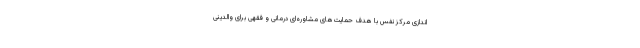
اندازی مرکز نفس با هدف حمایت‌های مشاوره‌ای درمانی و فقهی برای والدینی